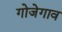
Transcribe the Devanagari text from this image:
गोजेगाव